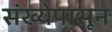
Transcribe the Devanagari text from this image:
संख्येपासून